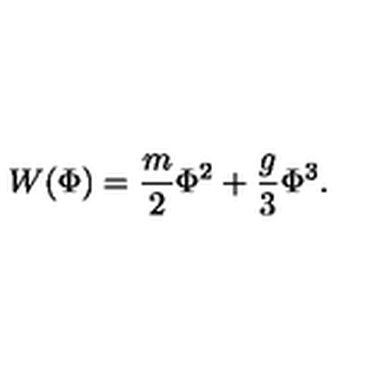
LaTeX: W ( \Phi ) = \frac { m } { 2 } \Phi ^ { 2 } + \frac { g } { 3 } \Phi ^ { 3 } .